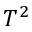
T ^ { 2 }